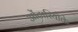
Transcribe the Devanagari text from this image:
ओंटारियोके